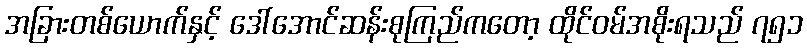
အခြားတစ်ယောက်နှင့် ဒေါ်အောင်ဆန်းစုကြည်ကတော့ ထိုင်ဝမ်အစိုးရသည် ၇၅၁